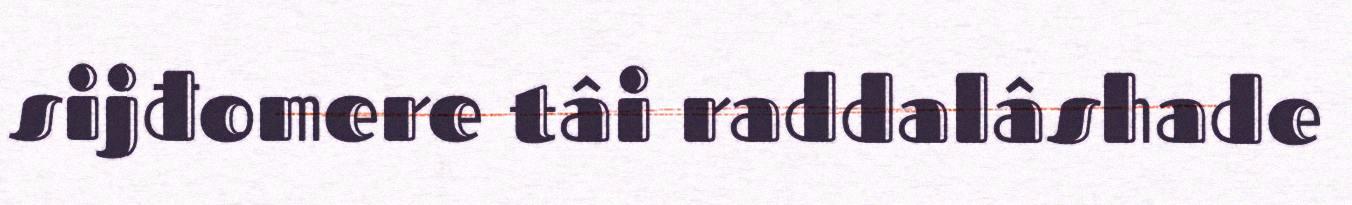
sijđomere tâi raddalâshade